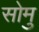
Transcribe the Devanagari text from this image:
सोमु